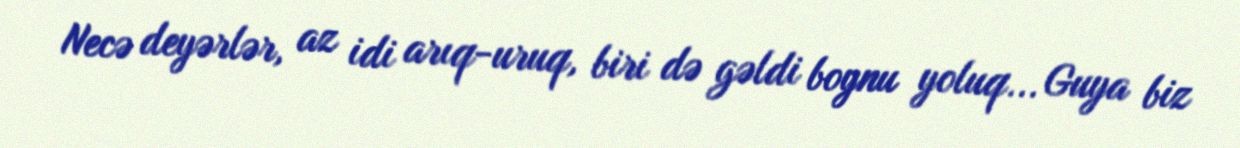
Necə deyərlər, az idi arıq-uruq, biri də gəldi boynu yoluq... Guya biz